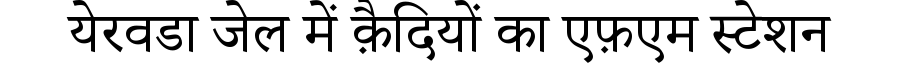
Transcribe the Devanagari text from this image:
येरवडा जेल में क़ैदियों का एफ़एम स्टेशन